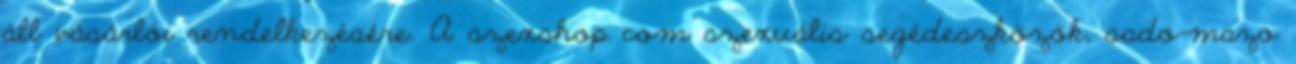
áll vásárlói rendelkezésére. A szexshop com szexuális segédeszközök, sado-mazo